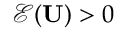
\mathcal { E } ( \mathbf { U } ) > 0